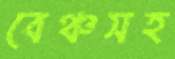
বেঞ্চসহ